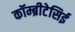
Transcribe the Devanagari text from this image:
कॉम्ब्रीटेसिई